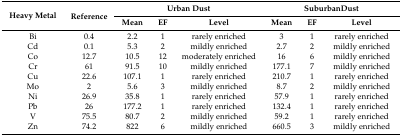
| <ROWSPAN=2> Heavy Metal | <ROWSPAN=2> Reference | <COLSPAN=3> Urban Dust | <COLSPAN=3> SuburbanDust |
 | Mean | EF | Level | Mean | EF | Level |
 | --- | --- | --- | --- | --- | --- | --- | --- |
 | Bi | 0.4 | 2.2 | 1 | rarely enriched | 3 | 1 | rarely enriched |
 | Cd | 0.1 | 5.3 | 2 | mildly enriched | 2.7 | 2 | mildly enriched |
 | Co | 12.7 | 10.5 | 12 | moderately enriched | 16 | 6 | mildly enriched |
 | Cr | 61 | 91.5 | 10 | mildly enriched | 177.1 | 7 | mildly enriched |
 | Cu | 22.6 | 107.1 | 1 | rarely enriched | 210.7 | 1 | rarely enriched |
 | Mo | 2 | 5.6 | 3 | mildly enriched | 8.7 | 2 | mildly enriched |
 | Ni | 26.9 | 35.8 | 1 | rarely enriched | 57.9 | 1 | rarely enriched |
 | Pb | 26 | 177.2 | 1 | rarely enriched | 132.4 | 1 | rarely enriched |
 | V | 75.5 | 80.7 | 2 | mildly enriched | 59.2 | 1 | rarely enriched |
 | Zn | 74.2 | 822 | 6 | mildly enriched | 660.5 | 3 | mildly enriched |